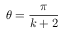
\theta = { \frac { \pi } { k + 2 } }